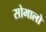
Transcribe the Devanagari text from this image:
सोमालो